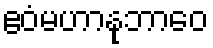
ဧဝံမဟာနုဘာဝေ